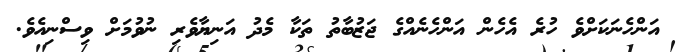
އަންހެނަކަށްވެ ހުރެ އެހެން އަންހެނެއްގެ ޖަޒުބާތު ތަކާ މެދު އަނިޔާވެރި ނުވުމަށް ވިސްނިއެވެ.